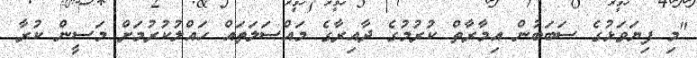
"މި ފިޔަވަޅުގެ ސަބަބުން އިމާރާތް ކުރުމުގެ ދާއިރާގެ މައްސަލަތައް ހައްލުކުރުމަށް މަސީން ކުރާ